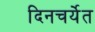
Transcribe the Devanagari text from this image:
दिनचर्येत